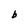
Character: b